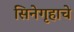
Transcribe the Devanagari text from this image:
सिनेगृहाचे